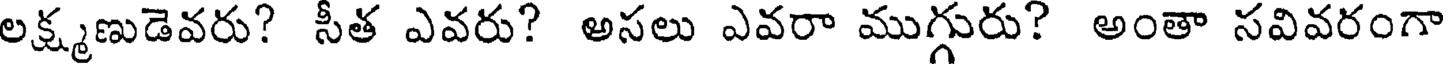
లక్ష్మణుడెవరు? సీత ఎవరు? అసలు ఎవరా ముగ్గురు? అంతా సవివరంగా